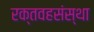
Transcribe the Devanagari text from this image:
रक्तवहसंस्था